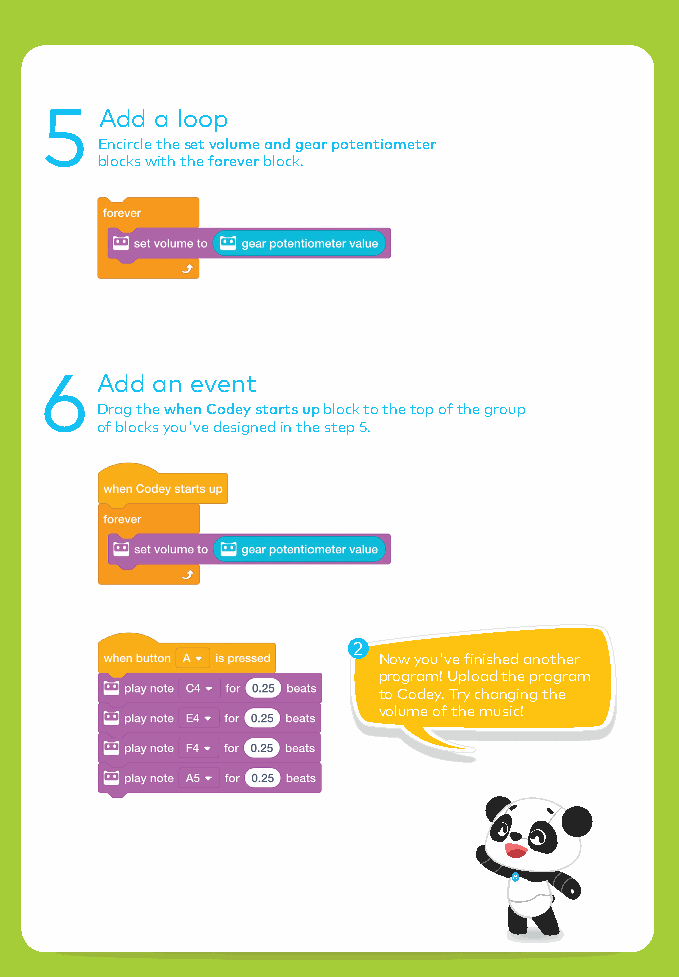
5   Add a loop
 Encircle the set volume and gear potentiometer
 blocks with the forever block.
 6  Add an event
 Drag the when Codey starts up block to the top of the group
 of blocks you've designed in the step 5.
 2
 Now you've finished another
 program! Upload the program
 to Codey. Try changing the
 volume of the music!